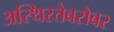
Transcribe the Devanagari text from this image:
अस्थिरतेबरोबर